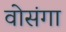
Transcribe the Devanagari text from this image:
वोसंगा